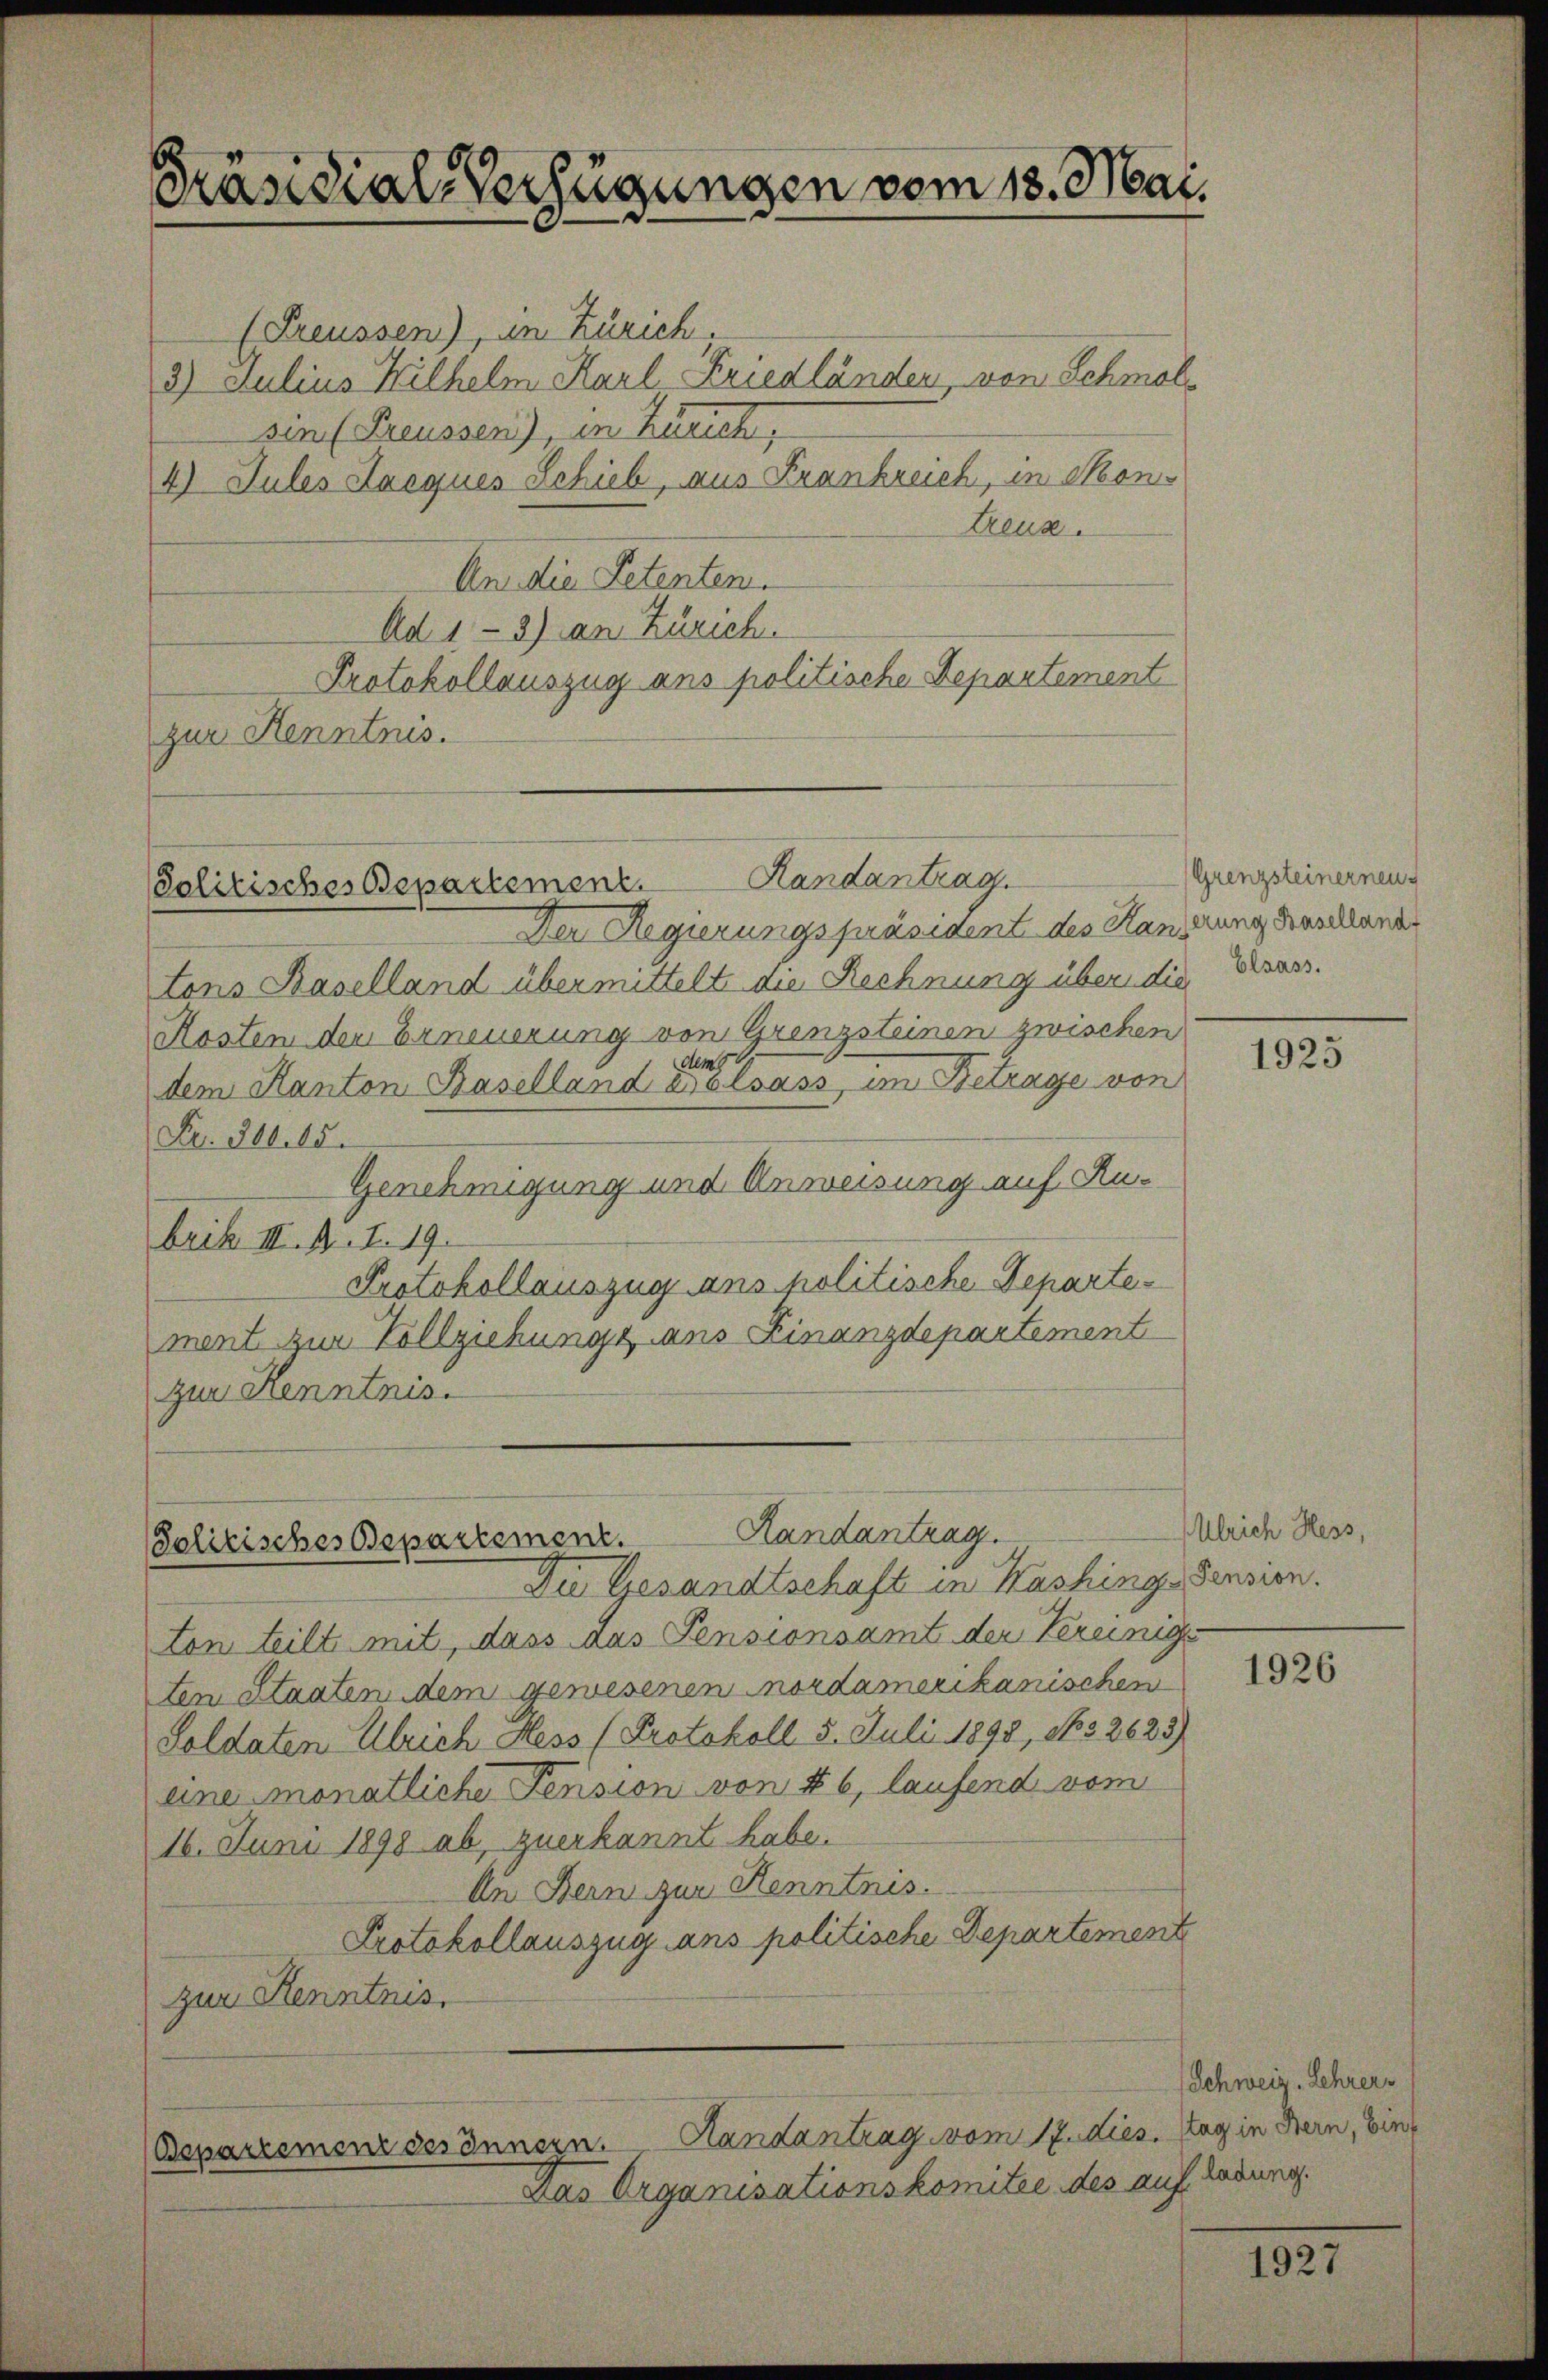
Präsidial-Verfügungen vom 13. Mai.

Handantrag
Solitisches Departement.

(Preussen), in Zürich.
3) Julius Wilhelm Karl Friedländen, von Schmal-
sin (Preussen), in Zürich,
4) Jules Lacques Schieb, aus Frankreich, in Montreux.
An die Petenten.
Ad 1-3) an Zürich.
Protokollauszug ans politische Departement
zur Kenntnis.

Handantrag.
Solitisches Departement.

Der Regierungspräsident des Handerung Beschlander
tons Baselland übermittelt die Rechnung über die Bernos.
Kosten dem Erneuerung von Grenzsteinen zwischen
dem Kanton Baselland der sass, im Betrage von
Nr. 306. 15.
Genehmigung und Anweisung auf Rubrik S. S. 19.
Protokollauszug ans politische Departement zur Vollziehungs aus Linanzdepartement
zur Kenntnis.

Bepartemenz des Innern. Handantrag vom 17. dies. Hag in Bern, Einf

Das Organisationskomitee des auf

(Grenzsteinerneu

Du Gesandtschaft in Washings Pension.
ton teilt mit, dass aus Pensionsamt der Vereinige
ten Staaten dem gewesenen nordamerikanischen
Soldaten Ulrich Hess (Protokoll 5. Juli 1898, No 2623)
eine monatliche Pension von 46, laufend vom
16. Juni 1898 ab, zuerkannt habe.
An Dein zur Kenntnis.
Protokollauszug ans politische Departement
zur Kenntnis.

1925

Ulrich Hess,

1926

Schweiz, Lehrer
ladung.

1927